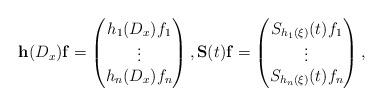
LaTeX: \begin{align*} \mathbf h(D_x) \mathbf f = \begin{pmatrix} h_1(D_x) f_1 \\ \vdots \\ h_n(D_x) f_n \end{pmatrix}, \mathbf S(t) \mathbf f = \begin{pmatrix} S_{h_1(\xi)}(t)f_1 \\ \vdots \\ S_{h_n(\xi)}(t)f_n \end{pmatrix},\end{align*}